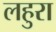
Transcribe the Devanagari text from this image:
लहुरा